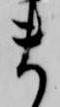
ま